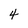
Character: 4